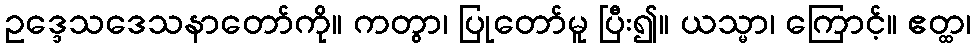
ဥဒ္ဒေသဒေသနာတော်ကို။ ကတွာ၊ ပြုတော်မူ ပြီး၍။ ယသ္မာ၊ ကြောင့်။ ဧတ္ထ၊